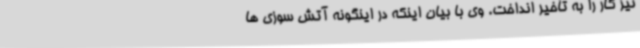
نیز کار را به تأخیر انداخت. وی با بیان اینکه در اینگونه آتش سوزی ها